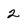
Character: 2